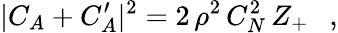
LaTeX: |C_{A}+C_{A}^{\prime}|^{2}=2\, \rho^{2}\, C_{N}^{2}\, Z_{+}\ \ \ ,